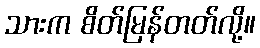
သားက စိတ်မြန်တတ်လို့။